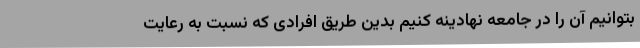
بتوانیم آن را در جامعه نهادینه کنیم بدین طریق افرادی که نسبت به رعایت